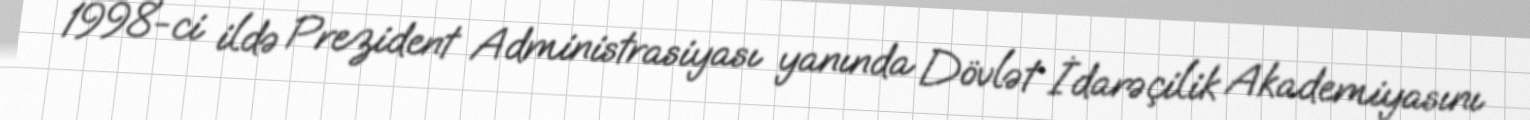
1998-ci ildə Prezident Administrasiyası yanında Dövlət İdarəçilik Akademiyasını